画像に写った文字を読んでください
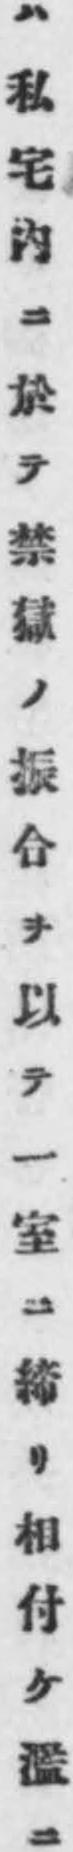
「ハ私宅內ニ於テ禁獄ノ振合ヲ以テ一室ニ締リ相付ケ濫ニ」と書いてあります